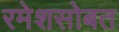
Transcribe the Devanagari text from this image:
रमेशसोबत